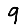
Digit: 9